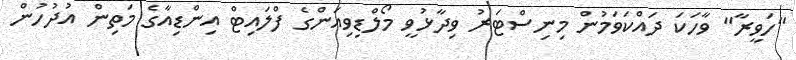
"ހަވީރާ" ވާހަކަ ދައްކަވަމުން މިނިސްޓަރު ވިދާޅުވީ މޯލްޑިވިއަންގެ ފްލައިޓް އިންޑިއާގެ މަތިން އުދުހުން